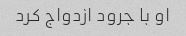
او با جرود ازدواج کرد